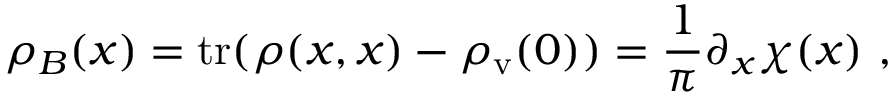
\rho _ { B } ( x ) = \mathrm { t r } ( \rho ( x , x ) - \rho _ { \mathrm { v } } ( 0 ) ) = \frac { 1 } { \pi } \partial _ { x } \chi ( x ) \ ,